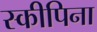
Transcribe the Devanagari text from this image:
स्कीपिना